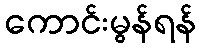
ကောင်းမွန်ရန်